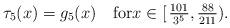
LaTeX: \begin{align*}\tau_5(x) = g_5(x)\quad\hbox{for}x\in[\,\tfrac{101}{3^5}, \tfrac{88}{211}).\end{align*}